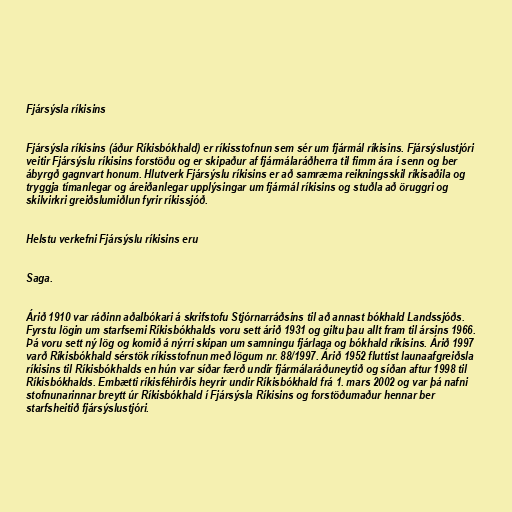
Fjársýsla ríkisins

Fjársýsla ríkisins (áður Ríkisbókhald) er ríkisstofnun sem sér um fjármál ríkisins. Fjársýslustjóri
veitir Fjársýslu ríkisins forstöðu og er skipaður af fjármálaráðherra til fimm ára í senn og ber
ábyrgð gagnvart honum. Hlutverk Fjársýslu ríkisins er að samræma reikningsskil ríkisaðila og
tryggja tímanlegar og áreiðanlegar upplýsingar um fjármál ríkisins og stuðla að öruggri og
skilvirkri greiðslumiðlun fyrir ríkissjóð.

Helstu verkefni Fjársýslu ríkisins eru

Saga.

Árið 1910 var ráðinn aðalbókari á skrifstofu Stjórnarráðsins til að annast bókhald Landssjóðs.
Fyrstu lögin um starfsemi Ríkisbókhalds voru sett árið 1931 og giltu þau allt fram til ársins 1966.
Þá voru sett ný lög og komið á nýrri skipan um samningu fjárlaga og bókhald ríkisins. Árið 1997
varð Ríkisbókhald sérstök ríkisstofnun með lögum nr. 88/1997. Árið 1952 fluttist launaafgreiðsla
ríkisins til Ríkisbókhalds en hún var síðar færð undir fjármálaráðuneytið og síðan aftur 1998 til
Ríkisbókhalds. Embætti ríkisféhirðis heyrir undir Ríkisbókhald frá 1. mars 2002 og var þá nafni
stofnunarinnar breytt úr Ríkisbókhald í Fjársýsla Ríkisins og forstöðumaður hennar ber
starfsheitið fjársýslustjóri.